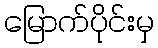
မြောက်ပိုင်းမှ